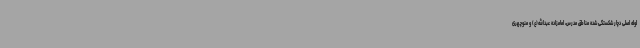
لوله اصلی دچار شکستگی شده مناطق مدرس، امامزاده عبدالله(ع) و منوچهری